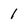
Character: 1